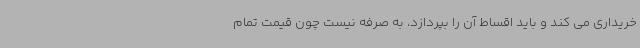
خریداری می کند و باید اقساط آن را بپردازد، به صرفه نیست چون قیمت تمام